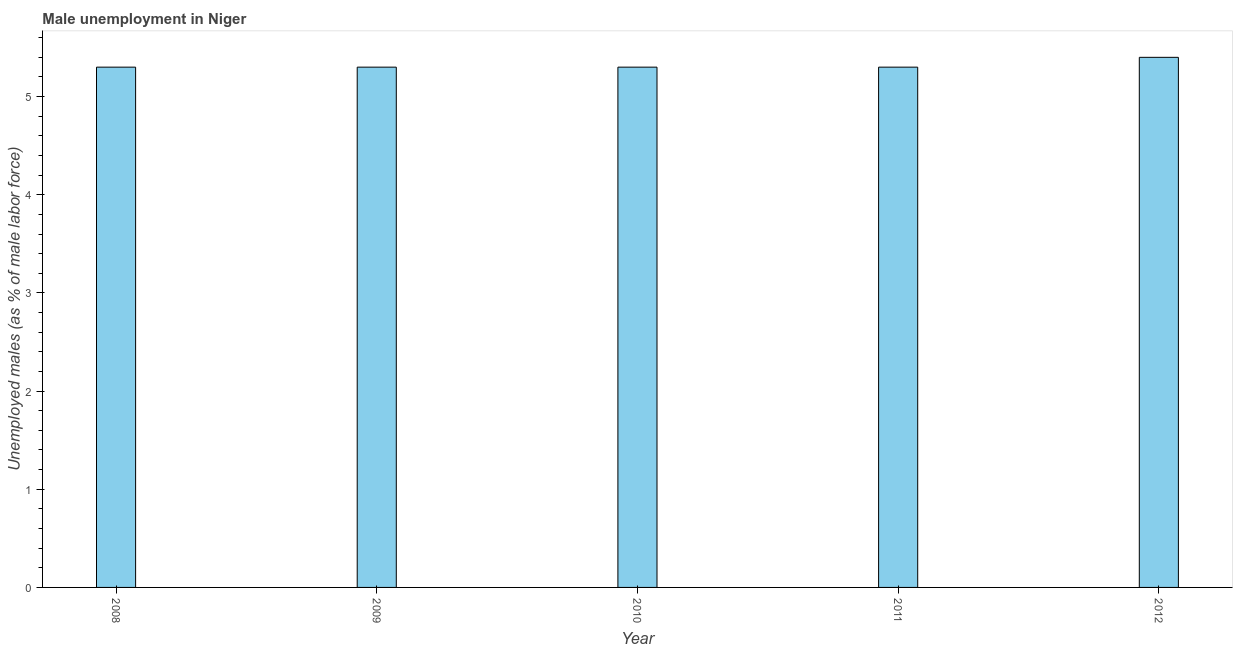
| Year | Unemployment |
 | --- | --- |
 | 2008 | 5.3 |
 | 2009 | 5.3 |
 | 2010 | 5.3 |
 | 2011 | 5.3 |
 | 2012 | 5.4 |